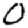
Digit: 0